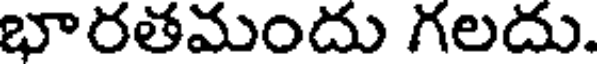
భారతమందు గలదు.